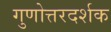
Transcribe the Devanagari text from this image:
गुणोत्तरदर्शक